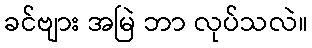
ခင်ဗျား အမြဲ ဘာ လုပ်သလဲ။